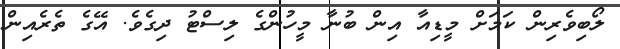
ލޯބިވެރިން ކަމަށް މީޑިއާ އިން ބުނާ މީހުންގެ ލިސްޓު ދިގެވެ. އޭގެ ތެރެއިން